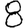
Digit: 8